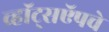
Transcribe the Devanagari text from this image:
व्हॉट्सऍपचे